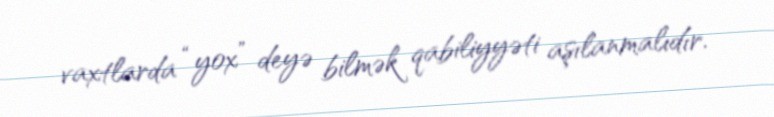
vaxtlarda “yox” deyə bilmək qabiliyyəti aşılanmalıdır.